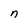
Character: n